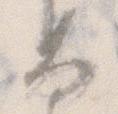
な